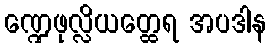
ဏ္ဍေဖုလ္လိယတ္ထေရ အပဒါန